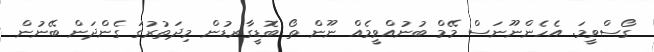
ގޯސްވީމަ. އެހެންނޫނަސް މޭމް ބުނުއްވީމެއް ނޫން ތޯ ބޮޑީގާރޑުން މިދަތުރުގަ ގެންދަން ބޭނުން